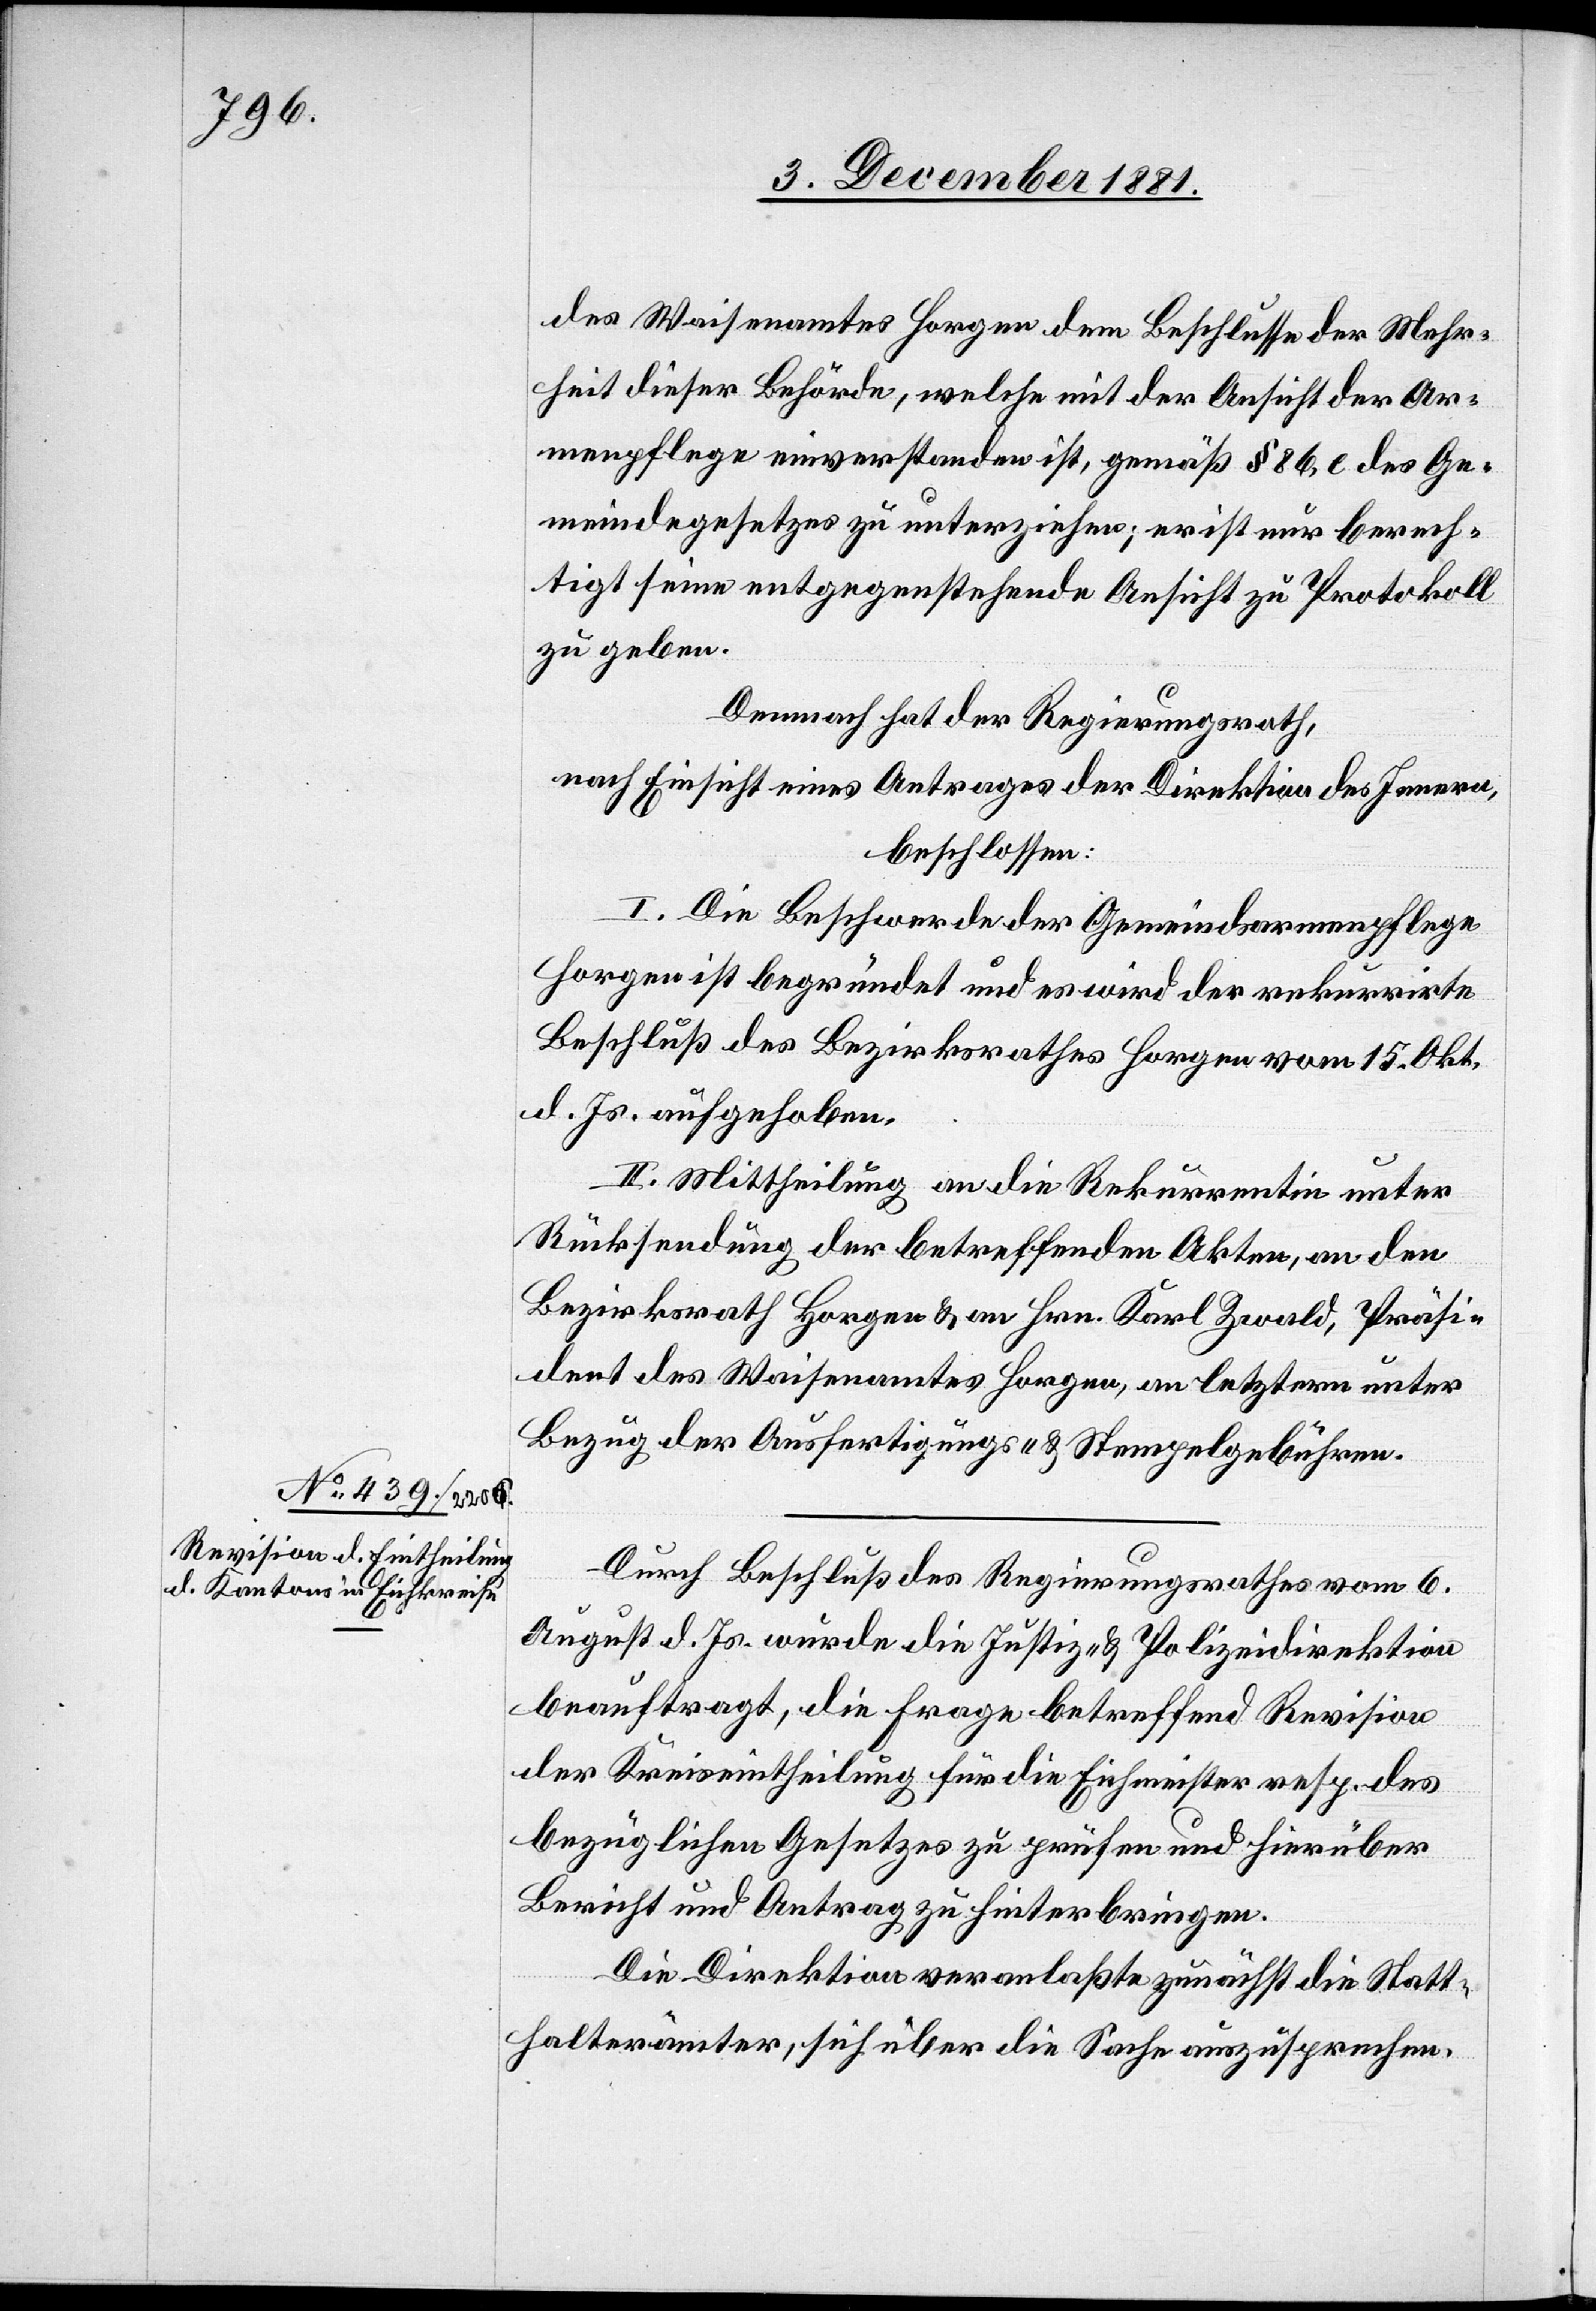
Waisenamtes Horgen dem Beschlusse der Mehr¬
heit dieser Behörde, welche mit der Ansicht der Ar¬
menpflege einverstanden ist, gemäß § 86, c des Ge¬
meindegesetzes zu unterziehen; er ist nur berech¬
tigt seine entgegenstehende Ansicht zu Protokoll
zu geben.
Demnach hat der Regierungsrath,
nach Einsicht eines Antrages der Direktion des Innern,
beschlossen:
I. Die Beschwerde der Gemeindsarmenpflege
Horgen ist begründet und es wird der rekurrirte
Beschluß des Bezirksrathes Horgen vom 15. Okt.
d. Js. aufgehoben.
II. Mittheilung an die Rekurrentin unter
Rücksendung der betreffenden Akten, an den
Bezirksrath Horgen & an Hrn. Karl Zwald, Präsi¬
dent des Waisenamtes Horgen, an letztern unter
Bezug der Ausfertigungs- & Stempelgebühren.
Durch Beschluß des Regierungsrathes vom 6.
August d. Js. wurde die Justiz- & Polizeidirektion
beauftragt, die Frage betreffend Revision
der Kreiseintheilung für die Eichmeister resp. des
bezüglichen Gesetzes zu prüfen und hierüber
Bericht und Antrag zu hinterbringen.
Die Direktion veranlaßte zunächst die Statt¬
halterämter, sich über die Sache auszusprechen.